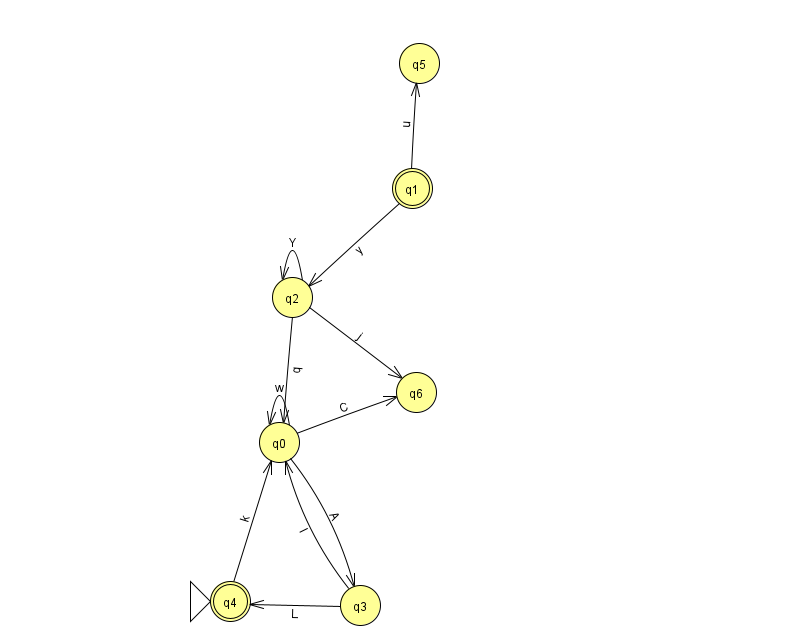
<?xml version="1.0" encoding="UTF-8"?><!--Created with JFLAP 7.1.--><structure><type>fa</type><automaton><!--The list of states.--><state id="0" name="q0"><x>279.0</x><y>429.0</y></state><state id="1" name="q1"><x>412.0</x><y>175.0</y><final/></state><state id="2" name="q2"><x>292.0</x><y>284.0</y></state><state id="3" name="q3"><x>360.0</x><y>592.0</y></state><state id="4" name="q4"><x>230.0</x><y>588.0</y><initial/><final/></state><state id="5" name="q5"><x>419.0</x><y>50.0</y></state><state id="6" name="q6"><x>416.0</x><y>379.0</y></state><!--The list of transitions.--><transition><from>3</from><to>0</to><read>l</read></transition><transition><from>1</from><to>2</to><read>y</read></transition><transition><from>4</from><to>0</to><read>k</read></transition><transition><from>2</from><to>0</to><read>q</read></transition><transition><from>2</from><to>6</to><read>j</read></transition><transition><from>0</from><to>0</to><read>w</read></transition><transition><from>0</from><to>6</to><read>C</read></transition><transition><from>1</from><to>5</to><read>u</read></transition><transition><from>0</from><to>3</to><read>A</read></transition><transition><from>2</from><to>2</to><read>Y</read></transition><transition><from>3</from><to>4</to><read>L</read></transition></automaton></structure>